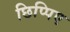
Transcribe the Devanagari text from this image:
छिप्पिए